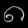
Digit: ၈